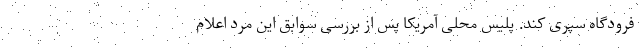
فرودگاه سپری کند. پلیس محلی آمریکا پس از بررسی سوابق این مرد اعلام